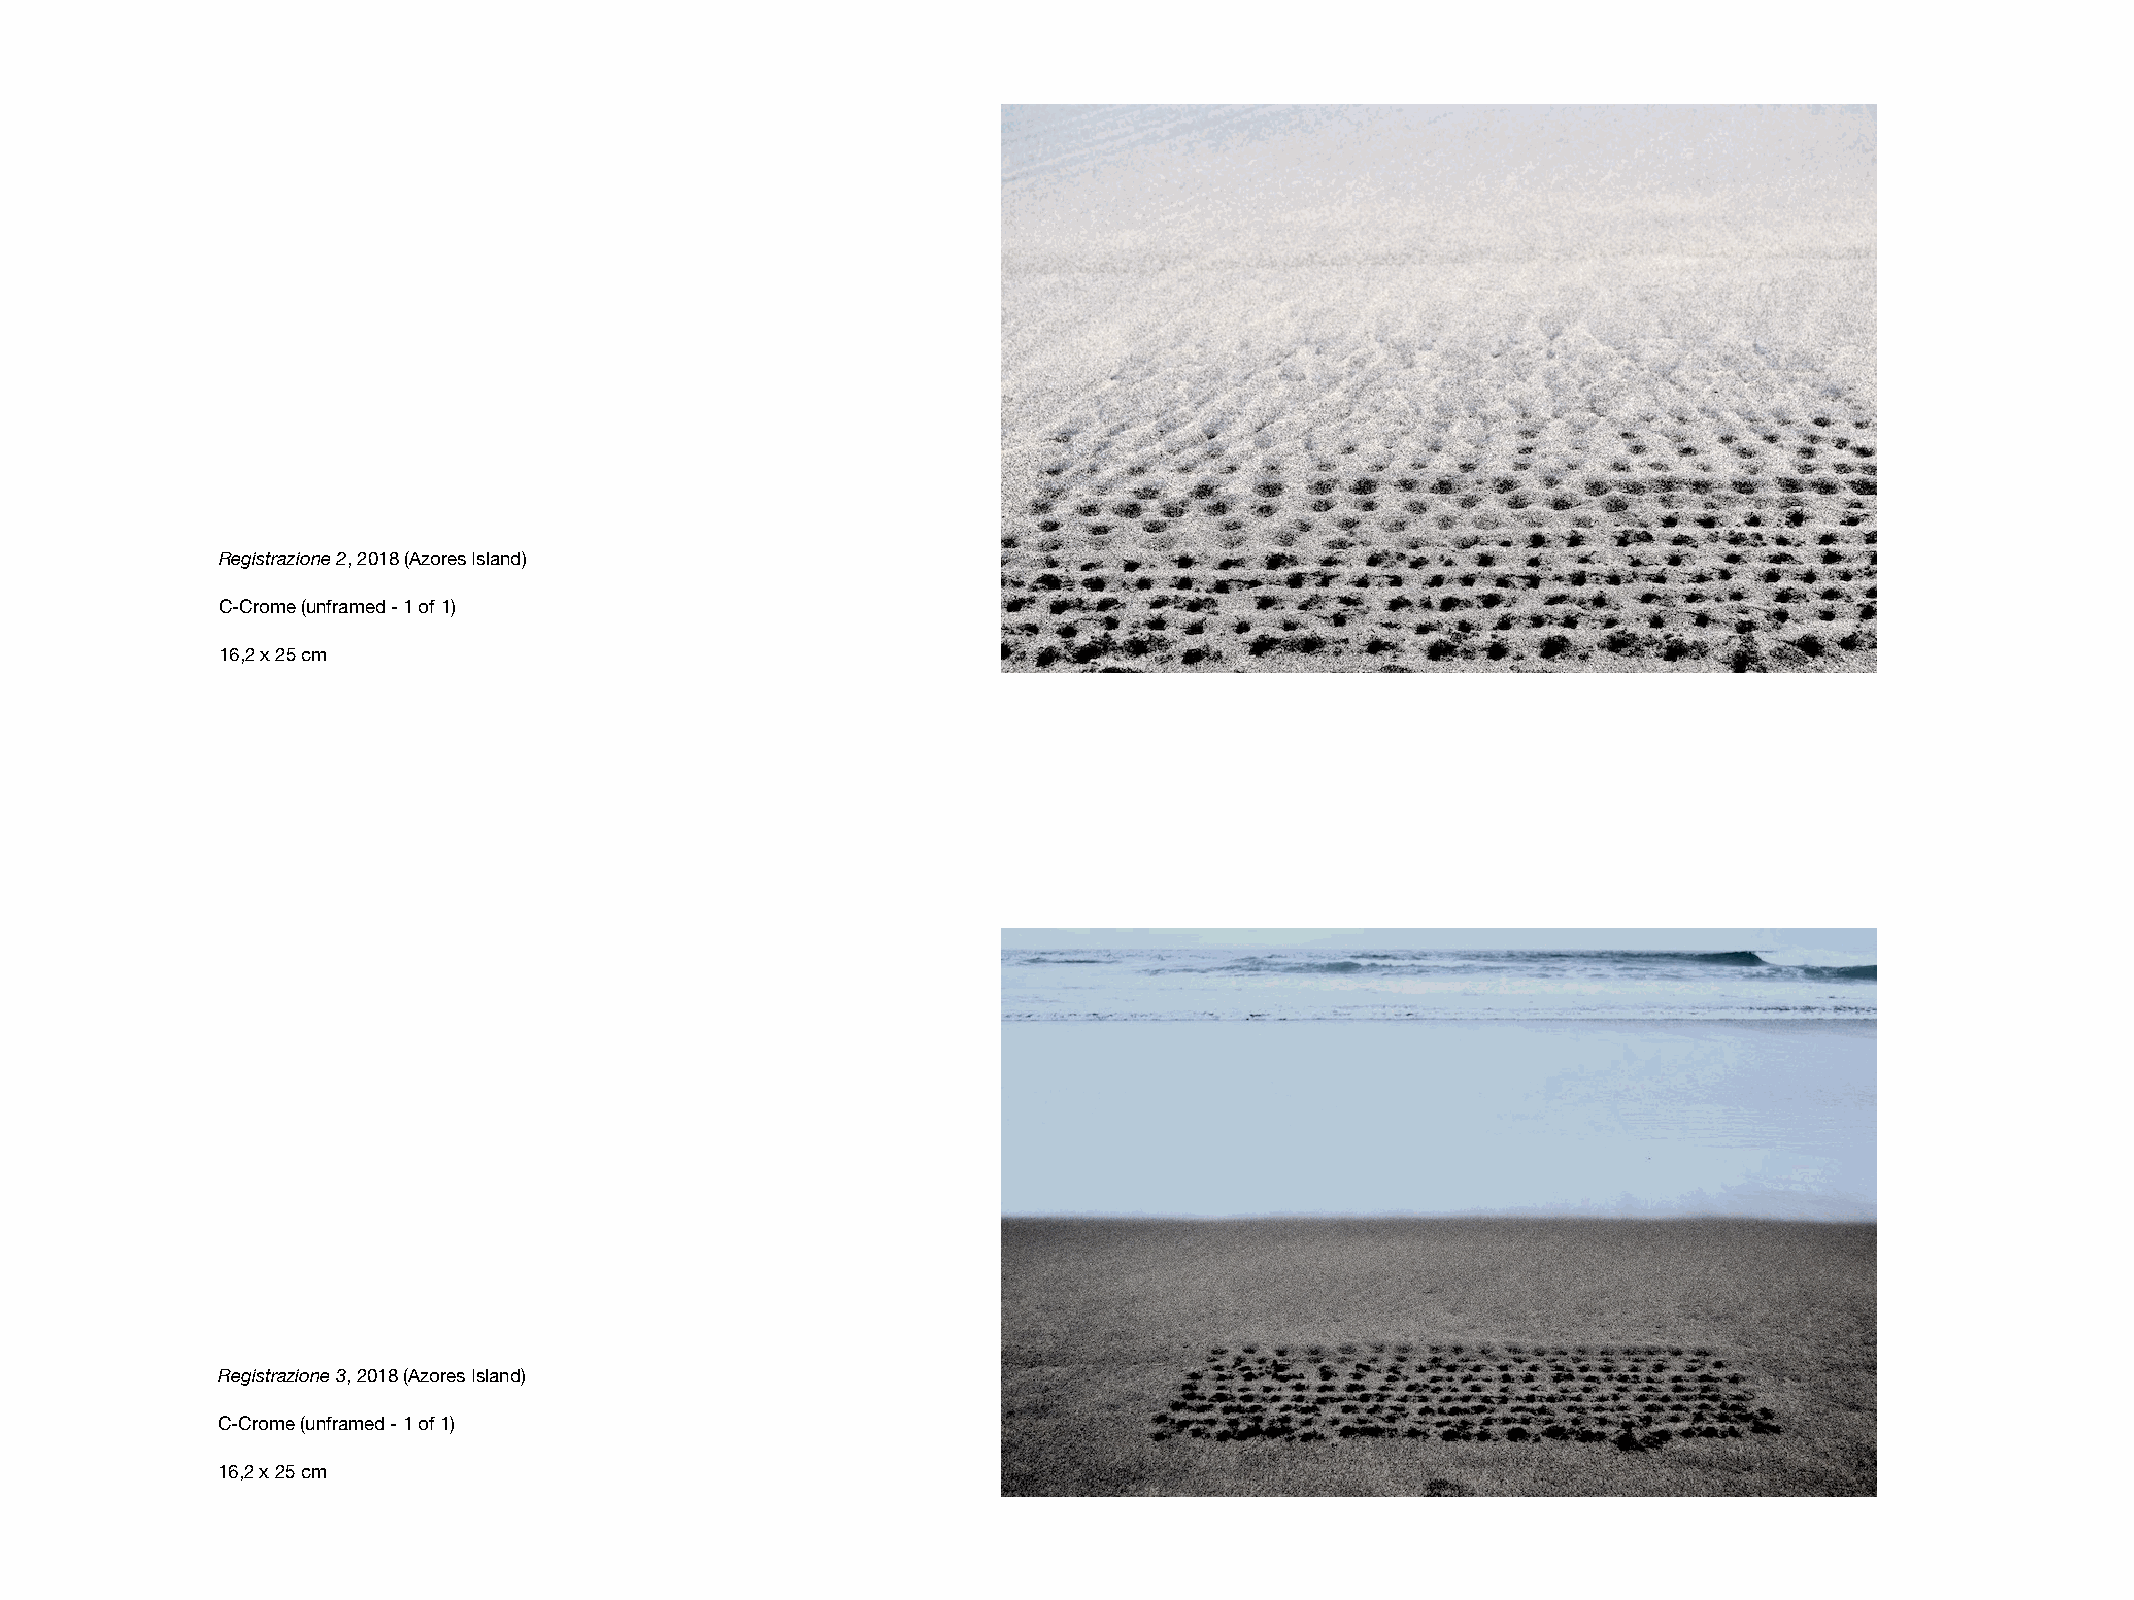
Registrazione 2, 2018 (Azores Island)
 C-Crome (unframed - 1 of 1)
 16,2 x 25 cm
 Registrazione 3, 2018 (Azores Island)
 C-Crome (unframed - 1 of 1)
 16,2 x 25 cm